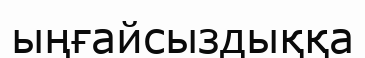
ыңғайсыздыққа